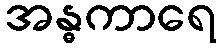
အန္ဓကာရေ